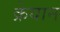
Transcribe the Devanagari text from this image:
क्रेयान